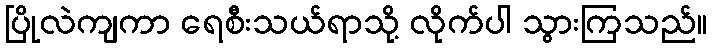
ပြိုလဲကျကာ ရေစီးသယ်ရာသို့ လိုက်ပါ သွားကြသည်။